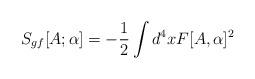
LaTeX: \begin{align*}S_{gf}[A;\alpha ]=-\frac{1}{2}\int d^{4}xF[A,\alpha ]^{2}\end{align*}